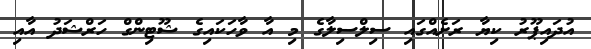
އުދައިޕޫރު ކިޔާ ރަށެއްގައި ސިލްސިލާގެ މި އާ ވާހަކައިގެ ޝޫޓިންގް ހަރްޝަދު އާއި